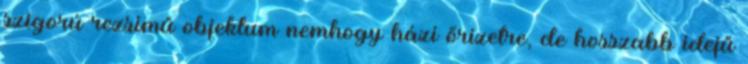
szigorú rezsimű objektum nemhogy házi őrizetre, de hosszabb idejű